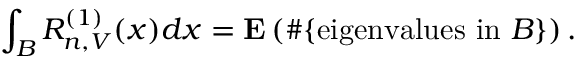
\int _ { B } R _ { n , V } ^ { ( 1 ) } ( x ) d x = \mathbf { E } \left( \# \{ { \mathrm { e i g e n v a l u e s ~ i n ~ } } B \} \right) .